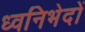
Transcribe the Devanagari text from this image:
ध्वनिभेदों